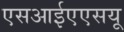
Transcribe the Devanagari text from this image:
एसआईएएसयू